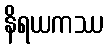
နိရယကဿ